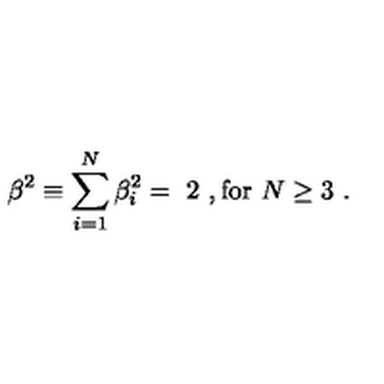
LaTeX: \beta ^ { 2 } \equiv \sum _ { i = 1 } ^ { N } { \beta } _ { i } ^ { 2 } = \ 2 \ , \mathrm { f o r } \ N \ge 3 \ .